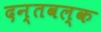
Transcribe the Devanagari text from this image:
दन्तवल्क